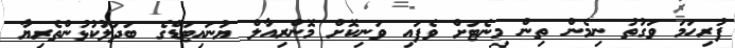
ފުރިހަމަ ވަގުތު ނިމެން ތިން މިނެޓަށް ވެފައި ވަނިކޮށް މޮންރިއާލް ޔުނައިޓަޑްގެ ބަދަލުކުޅުންތެރިޔާ